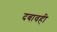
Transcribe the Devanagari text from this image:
दबावही